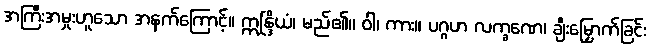
အကြီးအမှုးဟူသော အနက်ကြောင့်။ ဣန္ဒြိယံ၊ မည်၏။ ဝါ၊ ကား။ ပဂ္ဂဟ လက္ခဏေ၊ ချီးမြှောက်ခြင်း